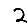
Digit: 2